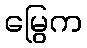
မြွေက